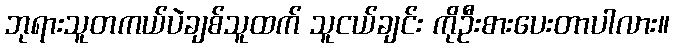
ဘုရားသူတကယ်ပဲချစ်သူထက် သူငယ်ချင်း ကိုဦးစားပေးတာပါလား။